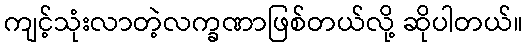
ကျင့်သုံးလာတဲ့လက္ခဏာဖြစ်တယ်လို့ ဆိုပါတယ်။